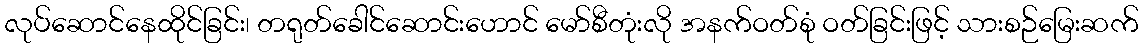
လုပ်ဆောင်နေထိုင်ခြင်း၊ တရုတ်ခေါင်ဆောင်းဟောင် မော်စီတုံးလို အနက်ဝတ်စုံ ဝတ်ခြင်းဖြင့် သားစဉ်မြေးဆက်